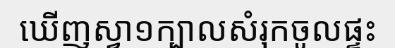
ឃើញស្វា១ក្បាលសំរុកចូលផ្ទះ